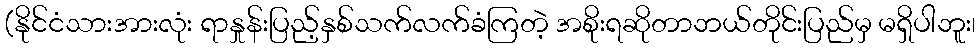
(နိုင်ငံသားအားလုံး ရာနှုန်းပြည့်နှစ်သက်လက်ခံကြတဲ့ အစိုးရဆိုတာဘယ်တိုင်းပြည်မှ မရှိပါဘူး၊